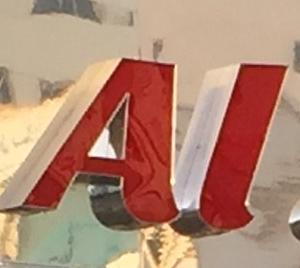
al